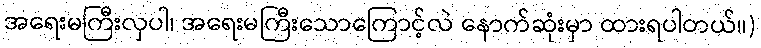
အရေးမကြီးလှပါ၊ အရေးမကြီးသောကြောင့်လဲ နောက်ဆုံးမှာ ထားရပါတယ်။)